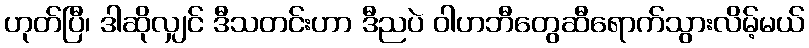
ဟုတ်ပြီ၊ ဒါဆိုလျှင် ဒီသတင်းဟာ ဒီညပဲ ဝါဟဘီတွေဆီရောက်သွားလိမ့်မယ်